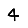
Digit: 4